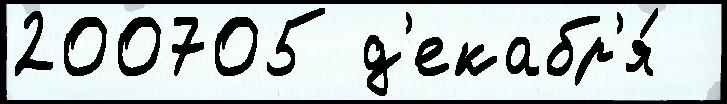
200705 д'екабр'я́